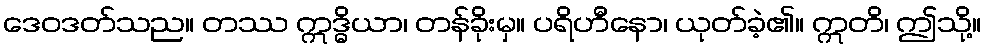
ဒေဝဒတ်သည။ တဿ ဣဒ္ဓိယာ၊ တန်ခိုးမှ။ ပရိဟီနော၊ ယုတ်ခဲ့၏။ ဣတိ၊ ဤသို့။